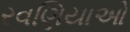
રવણિયાઓ